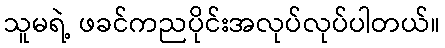
သူမရဲ့ ဖခင်ကညပိုင်းအလုပ်လုပ်ပါတယ်။